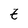
Character: Z